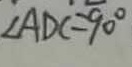
\angle A D C = 9 0 ^ { \circ }